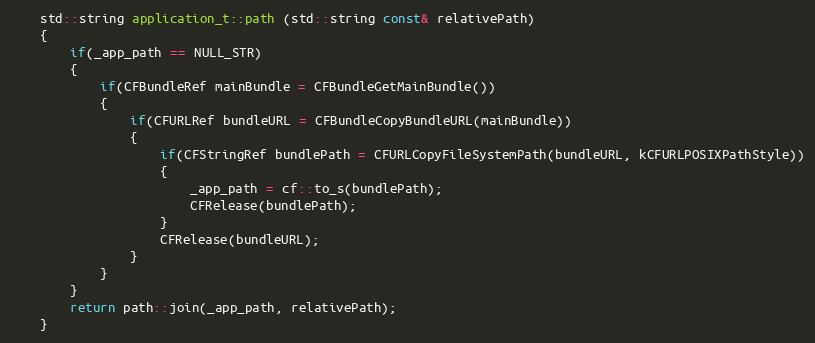
Language: C++
	std::string application_t::path (std::string const& relativePath)
	{
		if(_app_path == NULL_STR)
		{
			if(CFBundleRef mainBundle = CFBundleGetMainBundle())
			{
				if(CFURLRef bundleURL = CFBundleCopyBundleURL(mainBundle))
				{
					if(CFStringRef bundlePath = CFURLCopyFileSystemPath(bundleURL, kCFURLPOSIXPathStyle))
					{
						_app_path = cf::to_s(bundlePath);
						CFRelease(bundlePath);
					}
					CFRelease(bundleURL);
				}
			}
		}
		return path::join(_app_path, relativePath);
	}